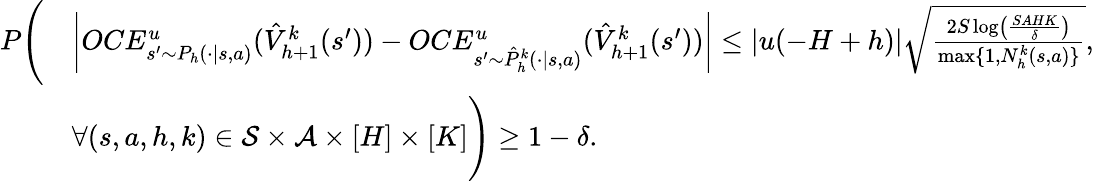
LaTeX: \begin{array}{rl}{P\Bigg(}&{\left\vert OCE_{s^{\prime}\sim P_{h}(\cdot\vert s,a)}^{u}(\hat{V}_{h+1}^{k}(s^{\prime}))-OCE_{s^{\prime}\sim\hat{P}_{h}^{k}(\cdot\vert s,a)}^{u}(\hat{V}_{h+1}^{k}(s^{\prime}))\right\vert\leq\vert u(-H+h)\vert\sqrt{\frac{2S\log\left(\frac{SAHK}{\delta}\right)}{\operatorname*{max}\{ 1,N_{h}^{k}(s,a)\} }},}\\ &{\forall(s,a,h,k)\in\mathcal{S}\times\mathcal{A}\times[H]\times[K]\Bigg)\geq 1-\delta.}\end{array}